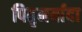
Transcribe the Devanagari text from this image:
पितृमर्यादा